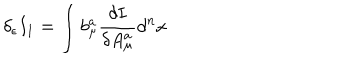
\delta _ { \epsilon } I _ { 1 } = \int b _ { \mu } ^ { a } \frac { \delta I } { \delta A _ { \mu } ^ { a } } d ^ { n } x